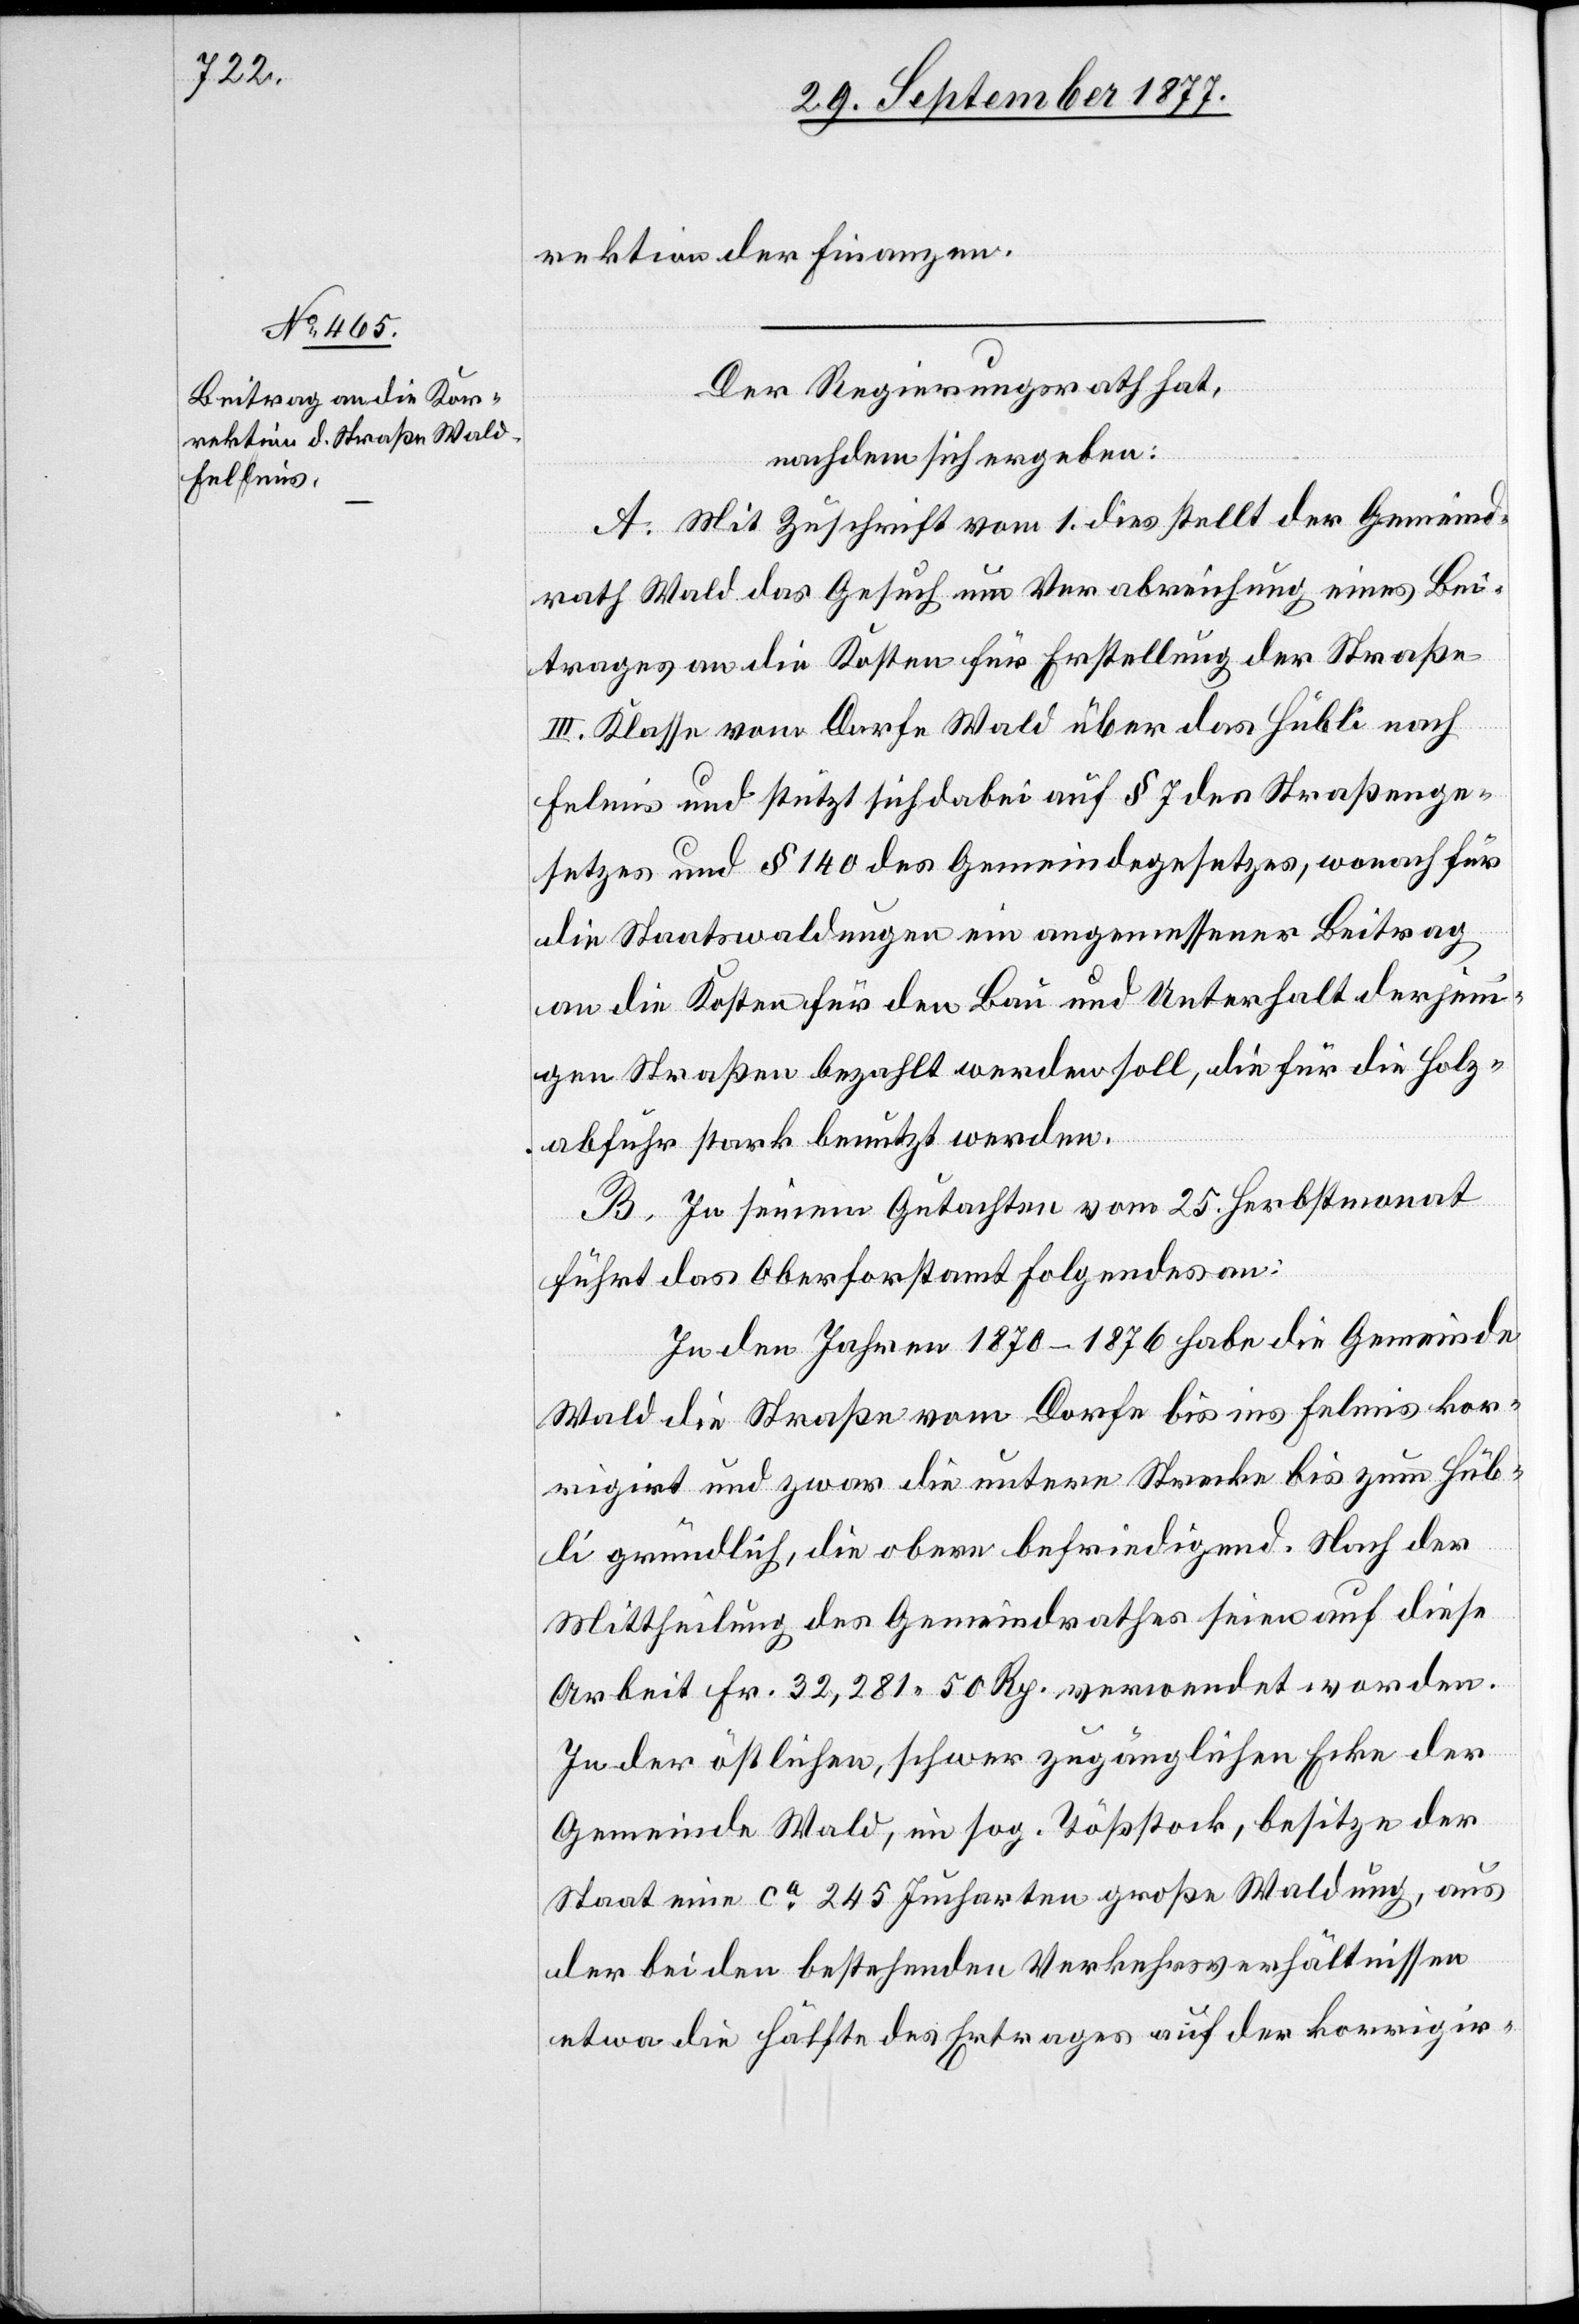
rektion der Finanzen.
Der Regierungsrath hat,
nachdem sich ergeben:
A. Mit Zuschrift vom 1. dies stellt der Gemeind¬
rath Wald das Gesuch um Verabreichung eines Bei¬
trages an die Kosten für Erstellung der Straße
III. Klasse vom Dorfe Wald über das Hübli nach
Felmis und stützt sich dabei auf § 7 des Straßenge¬
setzes und § 140 des Gemeindegesetzes, wonach für
die Staatswaldungen ein angemessener Beitrag
an die Kosten für den Bau und Unterhalt derjeni¬
gen Straßen bezahlt werden soll, die für die Holz¬
abfuhr stark benutzt werden.
B. In seinem Gutachten vom 25. Herbstmonat
führt das Oberforstamt Folgendes an:
In den Jahren 1870–1876 habe die Gemeinde
Wald die Straße vom Dorfe bis ins Felmis kor¬
rigirt und zwar die untere Strecke bis zum Hüb¬
li gründlich, die obere befriedigend. Nach der
Mittheilung des Gemeindrathes seien auf diese
Arbeit Fr. 32,281 50 Rp. verwendet worden.
In der östlichen, schwer zugänglichen Ecke der
Gemeinde Wald, im sog. Tößstock, besitze der
Staat eine ca 245 Jucharten große Waldung, aus
der bei den bestehenden Verkehrsverhältnissen
etwa die Hälfte des Ertrages auf der korrigir-